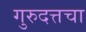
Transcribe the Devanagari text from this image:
गुरुदत्तचा